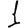
Digit: 1